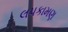
લપકામણ